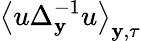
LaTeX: \left\langle u\Delta_{\mathbf{y}}^{-1}u\right\rangle_{\mathbf{y},\tau}